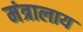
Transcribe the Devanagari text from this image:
मंत्रालाय